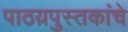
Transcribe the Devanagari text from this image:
पाठय़पुस्तकांचे